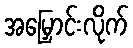
အမြှောင်းလိုက်